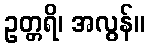
ဥတ္တရိ၊ အလွန်။